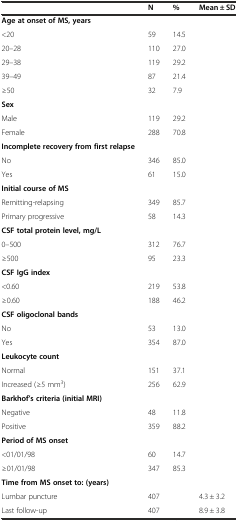
<table><thead><tr><td></td><td><b>N</b></td><td><b>%</b></td><td><b>Mean ± SD</b></td></tr></thead><tbody><tr><td><b>Age at onset of MS, years</b></td><td></td><td></td><td></td></tr><tr><td>&lt;20</td><td>59</td><td>14.5</td><td></td></tr><tr><td>20–28</td><td>110</td><td>27.0</td><td></td></tr><tr><td>29–38</td><td>119</td><td>29.2</td><td></td></tr><tr><td>39–49</td><td>87</td><td>21.4</td><td></td></tr><tr><td>≥50</td><td>32</td><td>7.9</td><td></td></tr><tr><td><b>Sex</b></td><td></td><td></td><td></td></tr><tr><td>Male</td><td>119</td><td>29.2</td><td></td></tr><tr><td>Female</td><td>288</td><td>70.8</td><td></td></tr><tr><td><b>Incomplete recovery from first relapse</b></td><td></td><td></td><td></td></tr><tr><td>No</td><td>346</td><td>85.0</td><td></td></tr><tr><td>Yes</td><td>61</td><td>15.0</td><td></td></tr><tr><td><b>Initial course of MS</b></td><td></td><td></td><td></td></tr><tr><td>Remitting-relapsing</td><td>349</td><td>85.7</td><td></td></tr><tr><td>Primary progressive</td><td>58</td><td>14.3</td><td></td></tr><tr><td><b>CSF total protein level, mg/L</b></td><td></td><td></td><td></td></tr><tr><td>0–500</td><td>312</td><td>76.7</td><td></td></tr><tr><td>≥500</td><td>95</td><td>23.3</td><td></td></tr><tr><td><b>CSF IgG index</b></td><td></td><td></td><td></td></tr><tr><td>&lt;0.60</td><td>219</td><td>53.8</td><td></td></tr><tr><td>≥0.60</td><td>188</td><td>46.2</td><td></td></tr><tr><td><b>CSF oligoclonal bands</b></td><td></td><td></td><td></td></tr><tr><td>No</td><td>53</td><td>13.0</td><td></td></tr><tr><td>Yes</td><td>354</td><td>87.0</td><td></td></tr><tr><td><b>Leukocyte count</b></td><td></td><td></td><td></td></tr><tr><td>Normal</td><td>151</td><td>37.1</td><td></td></tr><tr><td>Increased (≥5 mm<sup>3</sup>)</td><td>256</td><td>62.9</td><td></td></tr><tr><td><b>Barkhof’s criteria (initial MRI)</b></td><td></td><td></td><td></td></tr><tr><td>Negative</td><td>48</td><td>11.8</td><td></td></tr><tr><td>Positive</td><td>359</td><td>88.2</td><td></td></tr><tr><td><b>Period of MS onset</b></td><td></td><td></td><td></td></tr><tr><td>&lt;01/01/98</td><td>60</td><td>14.7</td><td></td></tr><tr><td>≥01/01/98</td><td>347</td><td>85.3</td><td></td></tr><tr><td><b>Time from MS onset to: (years)</b></td><td></td><td></td><td></td></tr><tr><td>Lumbar puncture</td><td>407</td><td></td><td>4.3 ± 3.2</td></tr><tr><td>Last follow-up</td><td>407</td><td></td><td>8.9 ± 3.8</td></tr></tbody></table>